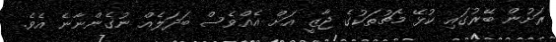
ރަށުން ބޭރުގައި ކުޅޭ މެޗުތަކުގެ ޖާޒީ އަށް އެއްވެސް ބަދަލެއް ނުގެންނާނެ އެވެ.